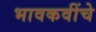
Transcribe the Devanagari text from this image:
भावकवींचे